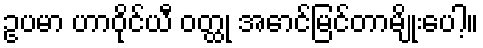
ဥပမာ ဟာဝိုင်ယီ ဝတ္ထု အောင်မြင်တာမျိုးပေါ့။